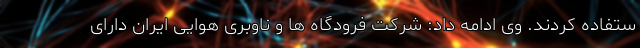
ستفاده کردند. وی ادامه داد: شرکت فرودگاه ها و ناوبری هوایی ایران دارای